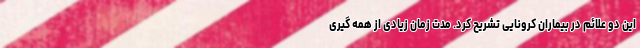
این دو علائم در بیماران کرونایی تشریح کرد. مدت زمان زیادی از همه گیری